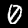
Digit: 0